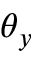
\theta _ { y }